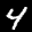
Label: 4